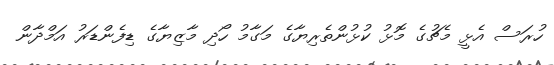
ހުރަސް އެޅީ މެޗުގެ މޮޅު ކުޅުންތެރިޔާގެ މަގާމު ހޯދި މާޒިޔާގެ ޑިފެންޑަރު އަމްދާން